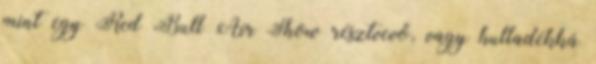
mint egy Red Bull Air Show résztvevő, vagy hulladékká